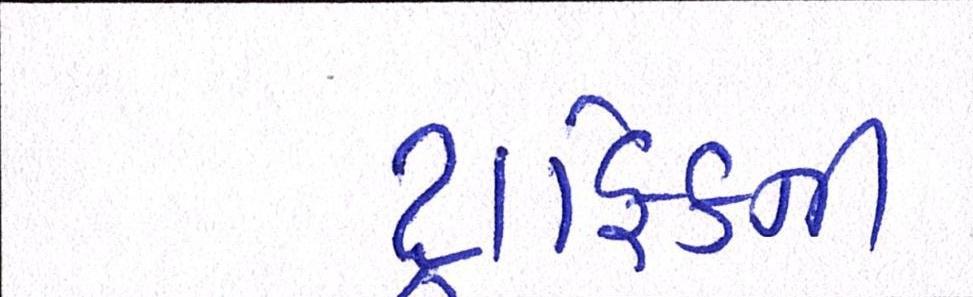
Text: ટ્રાફિકની